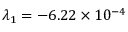
\lambda _ { 1 } = - 6 . 2 2 \times 1 0 ^ { - 4 }